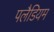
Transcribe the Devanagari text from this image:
पलैडियम